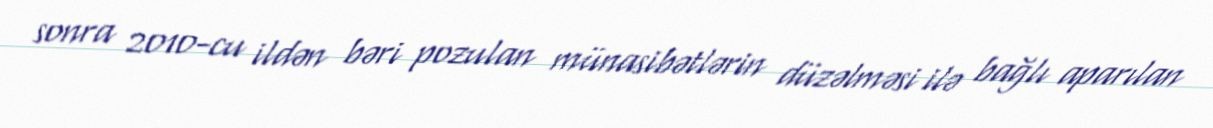
sonra 2010-cu ildən bəri pozulan münasibətlərin düzəlməsi ilə bağlı aparılan